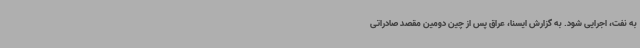
به نفت، اجرایی شود. به گزارش ایسنا، عراق پس از چین دومین مقصد صادراتی